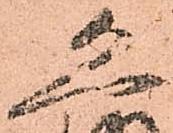
恐